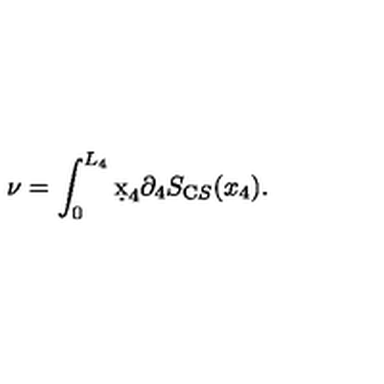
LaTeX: \nu = \int _ { 0 } ^ { L _ { 4 } } \d x _ { 4 } \partial _ { 4 } S _ { \mathrm C S } ( x _ { 4 } ) .